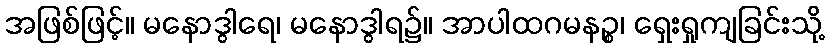
အဖြစ်ဖြင့်။ မနောဒွါရေ၊ မနောဒွါရ၌။ အာပါထဂမနဉ္စ၊ ရှေးရှုကျခြင်းသို့